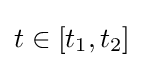
t\in [t_{1},t_{2}]